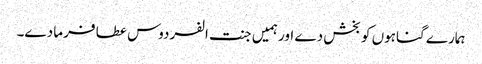
ہمارے گناہوں کو بخش دے اور ہمیں جنت الفردوس عطا فرما دے۔